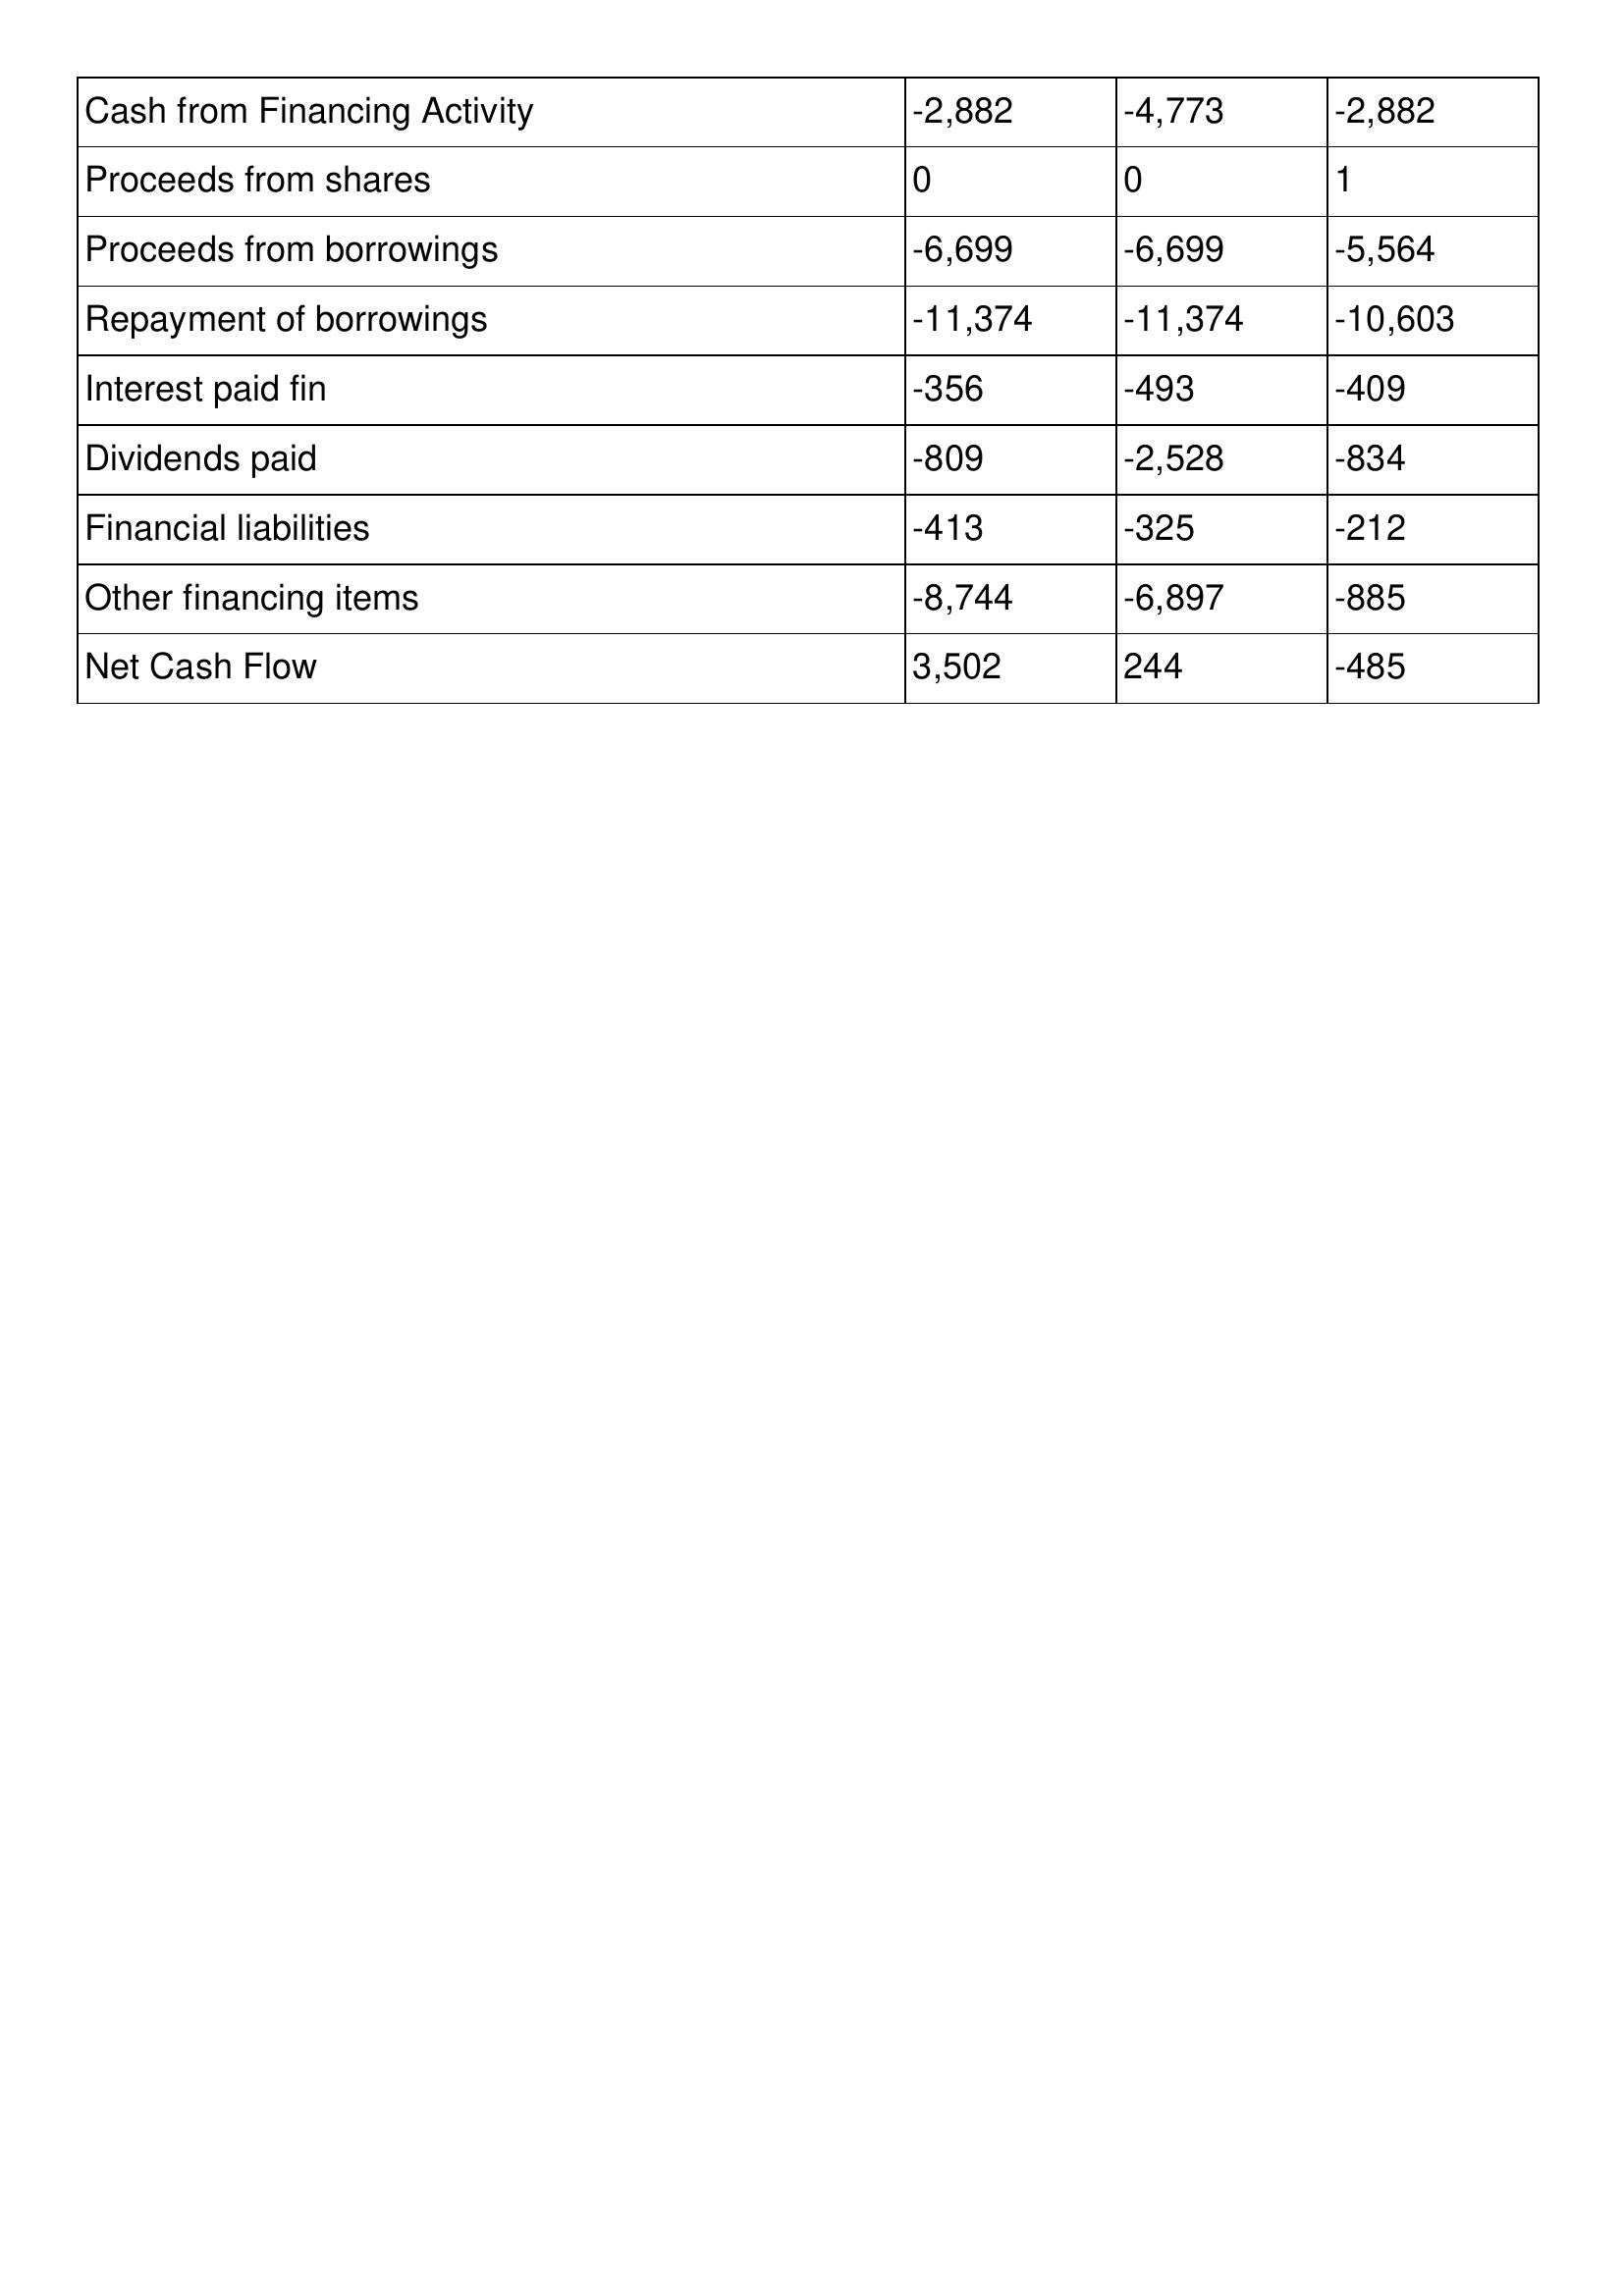
gt_parse: 2014: Cash Flows: Cash from Financing Activity: -2,882
Proceeds from shares: 0
Proceeds from borrowings: -6,699
Repayment of borrowings: -11,374
Interest paid fin: -356
Dividends paid: -809
Financial liabilities: -413
Other financing items: -8,744
Net Cash Flow: 3,502
2013: Cash Flows: Cash from Financing Activity: -4,773
Proceeds from shares: 0
Proceeds from borrowings: -6,699
Repayment of borrowings: -11,374
Interest paid fin: -493
Dividends paid: -2,528
Financial liabilities: -325
Other financing items: -6,897
Net Cash Flow: 244
2012: Cash Flows: Cash from Financing Activity: -2,882
Proceeds from shares: 1
Proceeds from borrowings: -5,564
Repayment of borrowings: -10,603
Interest paid fin: -409
Dividends paid: -834
Financial liabilities: -212
Other financing items: -885
Net Cash Flow: -485